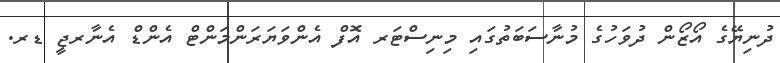
ދުނިޔޭގެ އޯޒޯން ދުވަހުގެ މުނާސަބަތުގައި މިނިސްޓަރ އޮފް އެންވަޔަރަންމަންޓް އެންޑް އެނާރޖީ ޑރ.